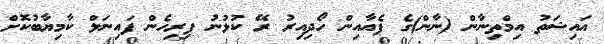
އައިޝަތު އިމްތިނާން (ނާން)ގެ ޕެއާއިން ހޯދިއިރު ރޭ ކުޅުނު ފިރިހެން ފައިނަލް ކާމިޔާބުކޮށް